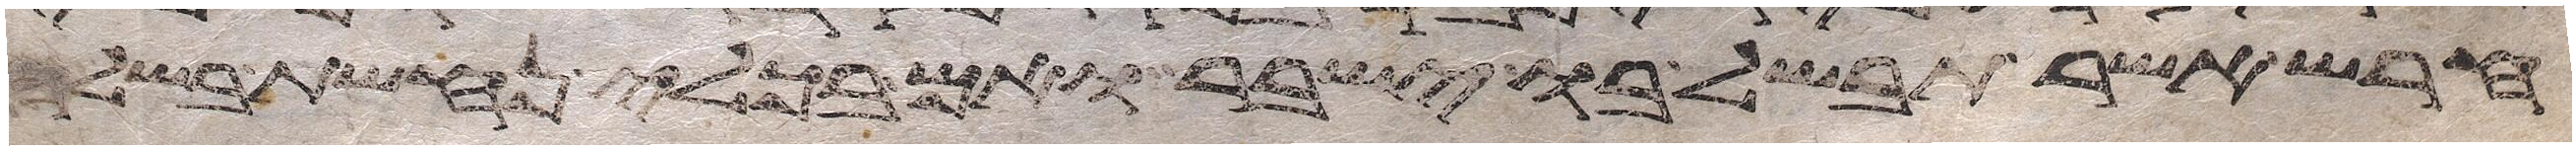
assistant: חרש אשר תבשל בו ישבר ואם בכלי נחשת בשלה